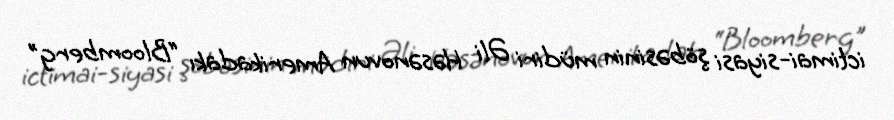
ictimai-siyasi şöbəsinin müdiri Əli Həsənovun Amerikadakı “Bloomberg”